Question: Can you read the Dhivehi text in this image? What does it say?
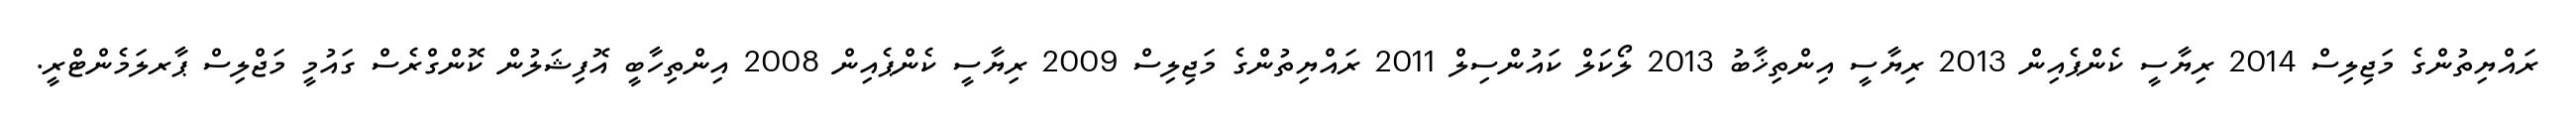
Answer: ރައްޔިތުންގެ މަޖިލިސް 2014 ރިޔާސީ ކެންޕެއިން 2013 ރިޔާސީ އިންތިޚާބު 2013 ލޯކަލް ކައުންސިލް 2011 ރައްޔިތުންގެ މަޖިލިސް 2009 ރިޔާސީ ކެންޕެއިން 2008 އިންތިހާބީ އޮފިޝަލުން ކޮންގްރެސް ގައުމީ މަޖްލިސް ޕާރލަމެންޓްރީ.